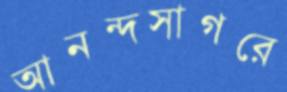
আনন্দসাগরে